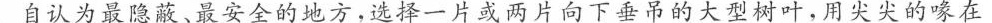
自认为最隐蔽、最安全的地方，选择一片或两片向下垂吊的大型树叶，用尖尖的喙在